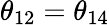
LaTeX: \theta_{12}=\theta_{14}